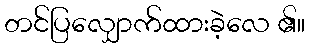
တင်ပြလျှောက်ထားခဲ့လေ ၏။